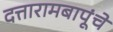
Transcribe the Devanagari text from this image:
दत्तारामबापूंचे